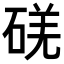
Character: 𥓌